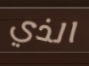
الذي